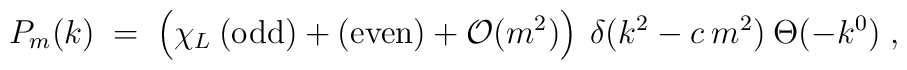
P_m(k) \;=\; \left( \chi_L\: {\mbox{(odd)}} + {\mbox{(even)}} +{\cal{O}}(m^2) \right)\: \delta(k^2- c\:m^2)\: \Theta(-k^0)\;,